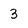
Character: 3